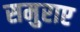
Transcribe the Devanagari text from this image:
समुराए